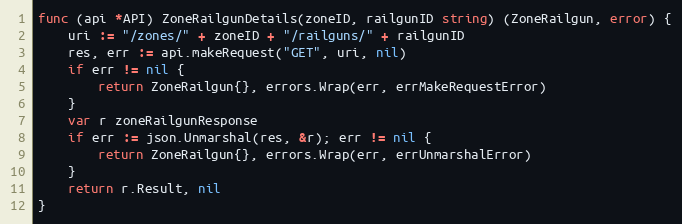
Language: Go
func (api *API) ZoneRailgunDetails(zoneID, railgunID string) (ZoneRailgun, error) {
	uri := "/zones/" + zoneID + "/railguns/" + railgunID
	res, err := api.makeRequest("GET", uri, nil)
	if err != nil {
		return ZoneRailgun{}, errors.Wrap(err, errMakeRequestError)
	}
	var r zoneRailgunResponse
	if err := json.Unmarshal(res, &r); err != nil {
		return ZoneRailgun{}, errors.Wrap(err, errUnmarshalError)
	}
	return r.Result, nil
}